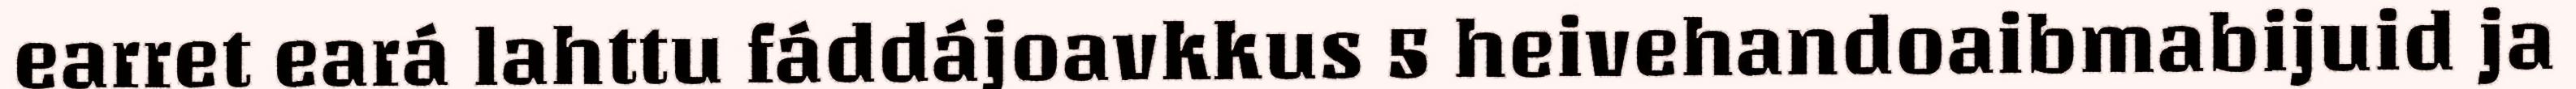
earret eará lahttu fáddájoavkkus 5 heivehandoaibmabijuid ja